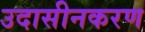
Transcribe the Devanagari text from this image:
उदासीनकरण